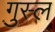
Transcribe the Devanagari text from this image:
गु़स्ल